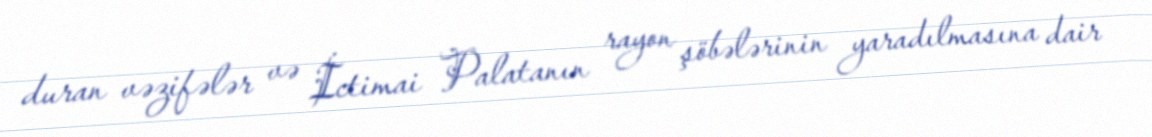
duran vəzifələr və İctimai Palatanın rayon şöbələrinin yaradılmasına dair